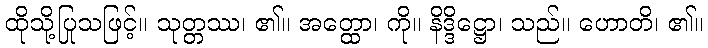
ထိုသို့ပြုသဖြင့်။ သုတ္တဿ၊ ၏။ အတ္ထော၊ ကို။ နိဒ္ဒိဋ္ဌော၊ သည်။ ဟောတိ၊ ၏။